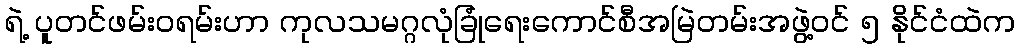
ရဲ့ ပူတင်ဖမ်း၀ရမ်းဟာ ကုလသမဂ္ဂလုံခြုံရေးကောင်စီအမြဲတမ်းအဖွဲ့ဝင် ၅ နိုင်ငံထဲက